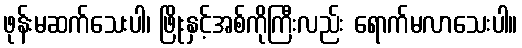
ဖုန်းမဆက်သေးပါ၊ ဖြိုးနှင့်အစ်ကိုကြီးလည်း ရောက်မလာသေးပါ။